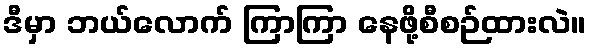
ဒီမှာ ဘယ်လောက် ကြာကြာ နေဖို့စီစဉ်ထားလဲ။